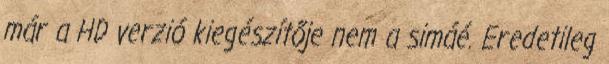
már a HD verzió kiegészítője nem a simáé. Eredetileg